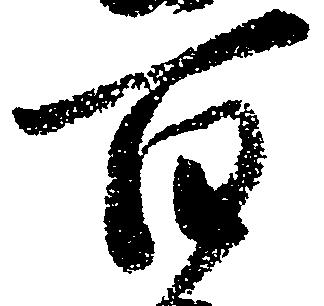
百